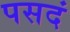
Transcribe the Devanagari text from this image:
पसदं